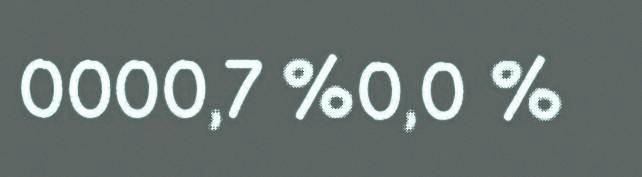
0000,7 %0,0 %